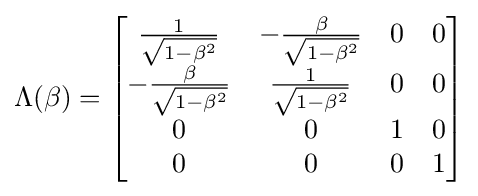
\Lambda (\beta )={\begin{bmatrix}{\frac {1}{\sqrt {1-\beta ^{2}}}}&-{\frac {\beta }{\sqrt {1-\beta ^{2}}}}&0&0\\-{\frac {\beta }{\sqrt {1-\beta ^{2}}}}&{\frac {1}{\sqrt {1-\beta ^{2}}}}&0&0\\0&0&1&0\\0&0&0&1\\\end{bmatrix}}